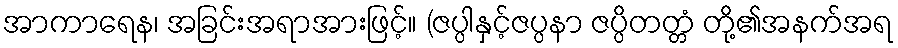
အာကာရေန၊ အခြင်းအရာအားဖြင့်။ (ဇပ္ပါနှင့်ဇပ္ပနာ ဇပ္ပိတတ္တံ တို့၏အနက်အရ